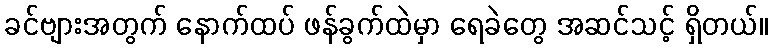
ခင်ဗျားအတွက် နောက်ထပ် ဖန်ခွက်ထဲမှာ ရေခဲတွေ အဆင်သင့် ရှိတယ်။